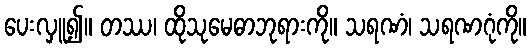
ပေးလှူ၍။ တဿ၊ ထိုသုမေဓာဘုရားကို။ သရဏံ၊ သရဏဂုံကို။